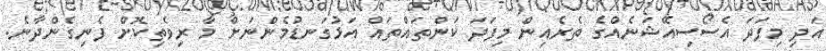
އަދި މިފަދަ އެސޯސިއޭޝަނެއްގެ ތެރެއިން މިފަދަ ކަންތައްތައް އަޅުގަނޑުމެންނަށް މާ ރިވެތިކޮށް ފެނިގެންދާނެ.